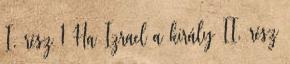
I. rész 1 Ha Izrael a király II. rész